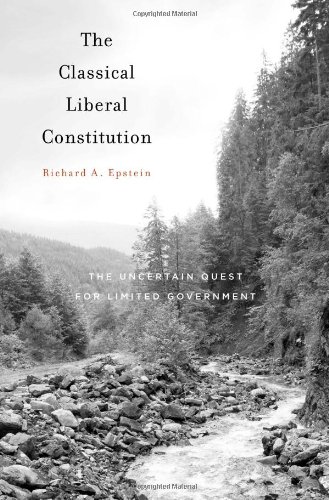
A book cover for The Classical Liberal Constitution: The Uncertain Quest for Limited Government; Richard A. Epstein; Law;